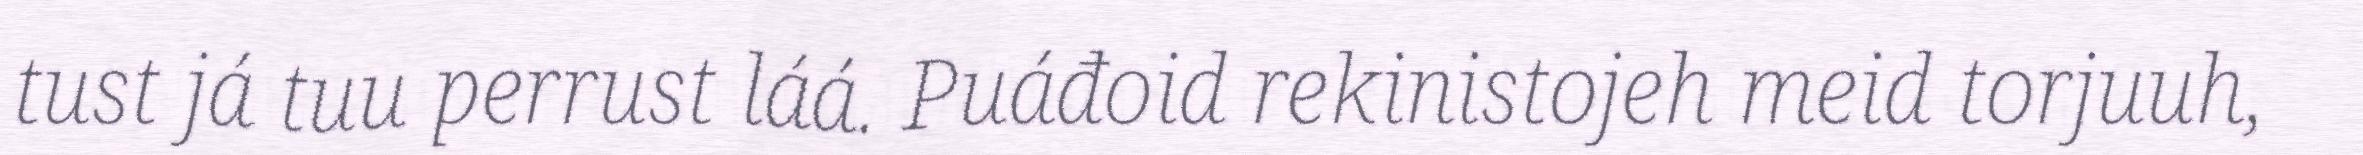
tust já tuu perrust láá. Puáđoid rekinistojeh meid torjuuh,